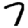
Digit: 7